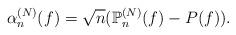
LaTeX: \begin{align*}\alpha_{n}^{(N)}(f)=\sqrt{n}(\mathbb{P}_{n}^{(N)}(f)-P(f)). \end{align*}